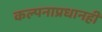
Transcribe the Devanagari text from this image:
कल्पनाप्रधानही